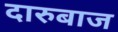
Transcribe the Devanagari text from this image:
दारुबाज